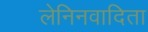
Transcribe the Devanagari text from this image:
लेनिनवादिता